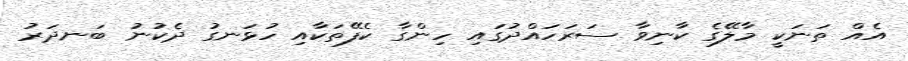
އެއް ތަނަކީ މާލޭގެ ކާނިވާ ސަރަހައްދުގައި ހިންގާ ކެފޭތަކާއި ހުޅަނގު ދެކުނު ބަނދަރު